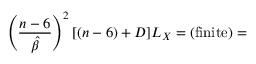
\left( \frac { n - 6 } { \hat { \beta } } \right) ^ { 2 } [ ( n - 6 ) + D ] L _ { X } = ( \mathrm { f i n i t e } ) =